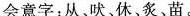
会意字：从、吠、休、炙、苗。